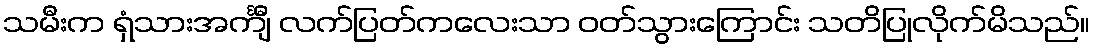
သမီးက ရှံသားအင်္ကျီ လက်ပြတ်ကလေးသာ ဝတ်သွားကြောင်း သတိပြုလိုက်မိသည်။